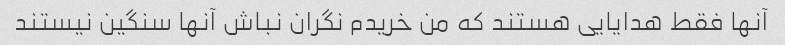
آنها فقط هدایایی هستند که من خریدم نگران نباش آنها سنگین نیستند